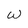
Character: w